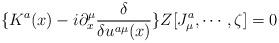
LaTeX: \begin{align*}\{K^a(x)-i\partial _x^\mu \frac \delta {\delta u^{a\mu }(x)}\}Z[J_\mu^a,\cdots ,\zeta ]=0\end{align*}